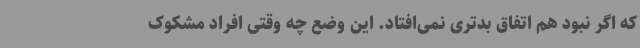
که اگر نبود هم اتفاق بدتری نمی‌افتاد. این وضع چه وقتی افراد مشکوک